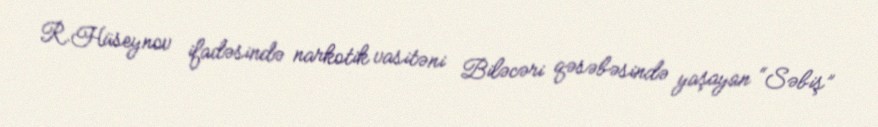
R.Hüseynov ifadəsində narkotik vasitəni Biləcəri qəsəbəsində yaşayan “Səbiş”